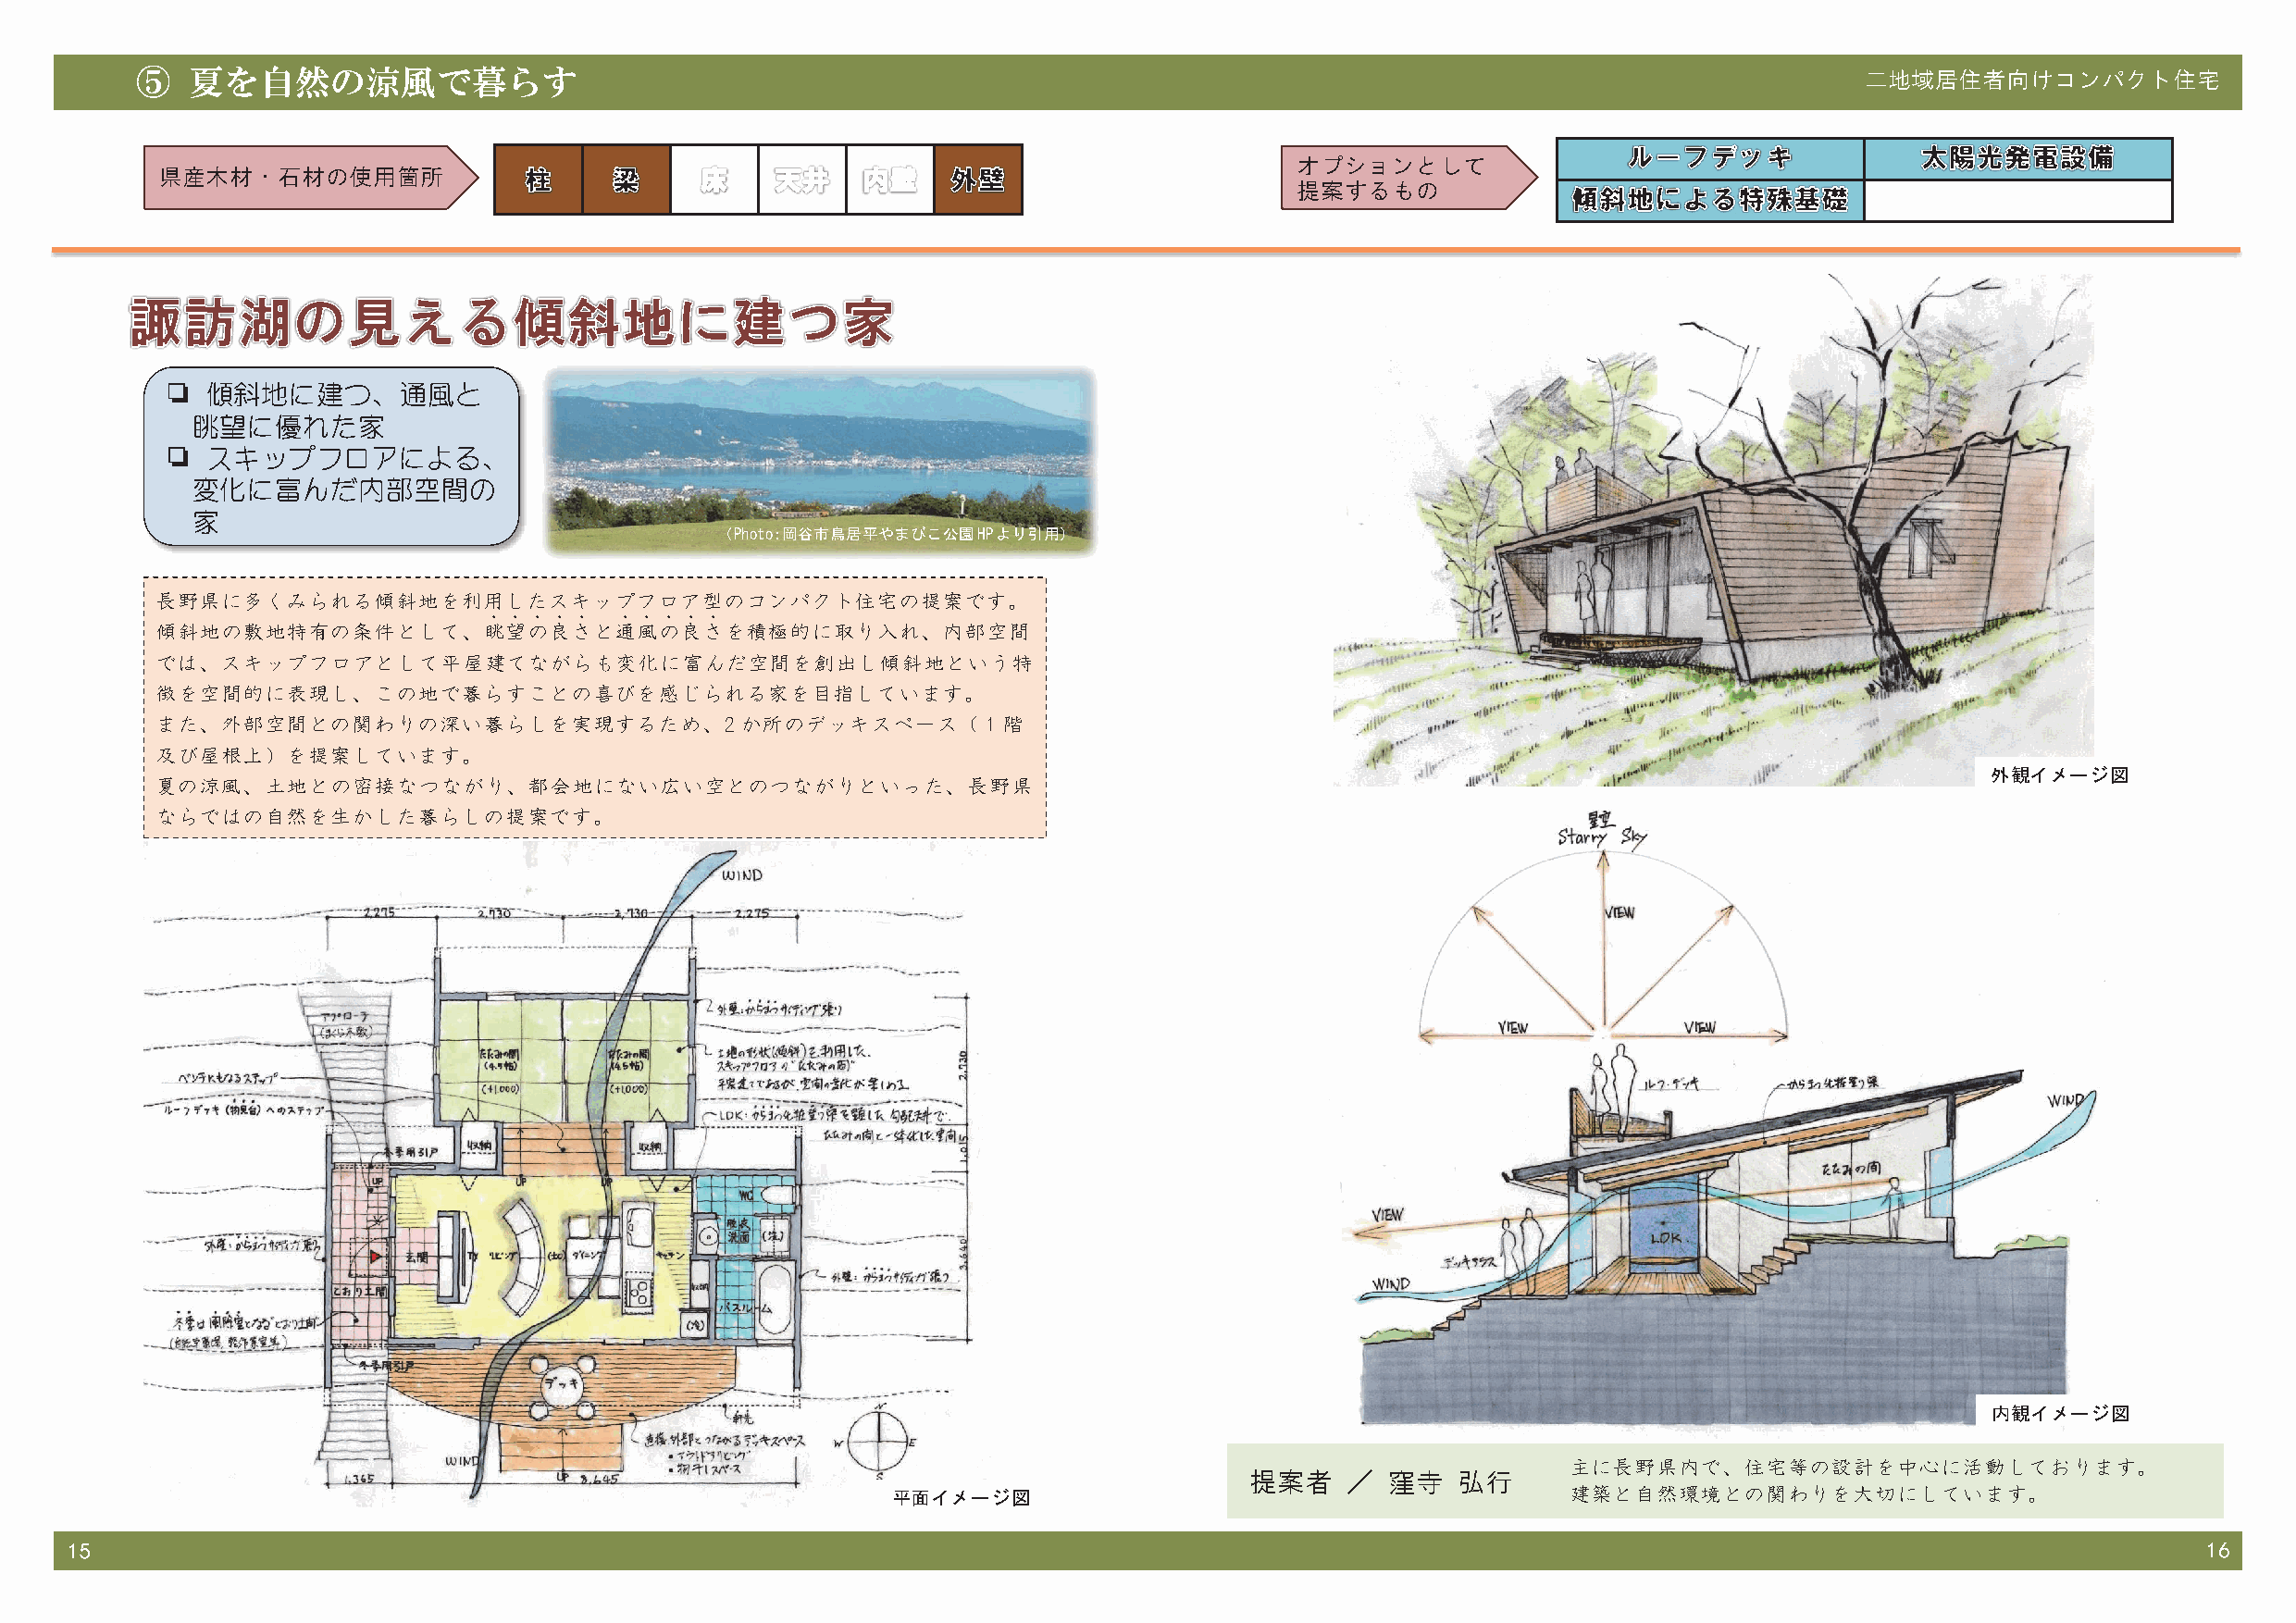
⑤   夏を自然の涼風で暮らす                                                                                                            二地域居住者向けコンパクト住宅
 オプションとして
 県産木材・石材の使用箇所
 提案するもの
 ❏  傾斜地に建つ、通風と
 眺望に優れた家
 ❏  スキップフロアによる、
 変化に富んだ内部空間の
 家
 （Photo：岡谷市鳥居平やまびこ公園HPより引用）
 長野県に多くみられる傾斜地を利用したスキップフロア型のコンパクト住宅の提案です。
 ．．．．．    ．．．．．
 傾斜地の敷地特有の条件として、眺望の良さと通風の良さを積極的に取り入れ、内部空間
 では、スキップフロアとして平屋建てながらも変化に富んだ空間を創出し傾斜地という特
 徴を空間的に表現し、この地で暮らすことの喜びを感じられる家を目指しています。
 また、外部空間との関わりの深い暮らしを実現するため、2               か所のデッキスペース（１階
 及び屋根上）を提案しています。
 外観イメージ図
 夏の涼風、土地との密接なつながり、都会地にない広い空とのつながりといった、長野県
 ならではの自然を生かした暮らしの提案です。
 内観イメージ図
 主に長野県内で、住宅等の設計を中心に活動しております。
 提案者    ／  窪寺   弘行
 平面イメージ図                                         建築と自然環境との関わりを大切にしています。
 15                                                                                                                                                       16